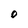
Character: O